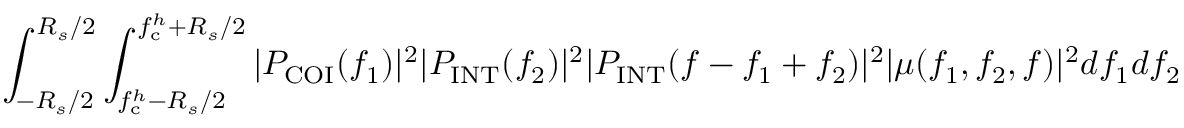
\int _ { - R _ { s } / 2 } ^ { R _ { s } / 2 } \int _ { f _ { \mathrm { c } } ^ { h } - R _ { s } / 2 } ^ { f _ { \mathrm { c } } ^ { h } + R _ { s } / 2 } | P _ { \mathrm { C O I } } ( f _ { 1 } ) | ^ { 2 } | P _ { \mathrm { I N T } } ( f _ { 2 } ) | ^ { 2 } | P _ { \mathrm { I N T } } ( f - f _ { 1 } + f _ { 2 } ) | ^ { 2 } | \mu ( f _ { 1 } , f _ { 2 } , f ) | ^ { 2 } d f _ { 1 } d f _ { 2 }